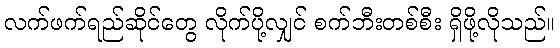
လက်ဖက်ရည်ဆိုင်တွေ လိုက်ပို့လျှင် စက်ဘီးတစ်စီး ရှိဖို့လိုသည်။